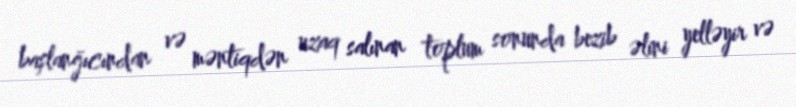
başlanğıcından və məntiqdən uzaq salınan toplum sonunda bezib əlini yelləyir və